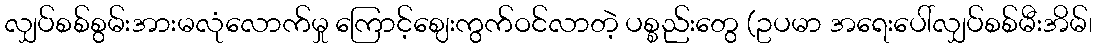
လျှပ်စစ်စွမ်းအားမလုံလောက်မှု ကြောင့်ဈေးကွက်ဝင်လာတဲ့ ပစ္စည်းတွေ (ဥပမာ အရေးပေါ်လျှပ်စစ်မီးအိမ်၊